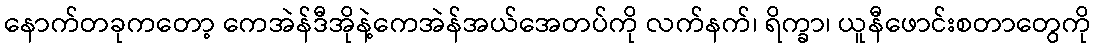
နောက်တခုကတော့ ကေအဲန်ဒီအိုနဲ့ကေအဲန်အယ်အေတပ်ကို လက်နက်၊ ရိက္ခာ၊ ယူနီဖောင်းစတာတွေကို